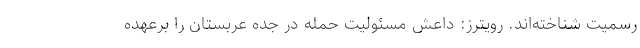
رسمیت شناخته‌اند. رویترز: داعش مسئولیت حمله در جده عربستان را برعهده